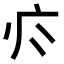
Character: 𭙑